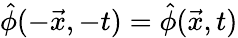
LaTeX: \hat{\phi}(-\vec{x},-t)=\hat{\phi}(\vec{x},t)